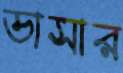
ডাসার